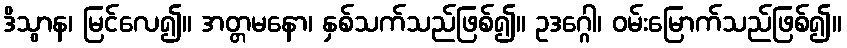
ဒိသွာန၊ မြင်လေ၍။ အတ္တမနော၊ နှစ်သက်သည်ဖြစ်၍။ ဥဒဂ္ဂေါ၊ ဝမ်းမြောက်သည်ဖြစ်၍။